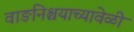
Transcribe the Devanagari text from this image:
वाङनिश्चयाच्यावेळी